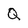
Character: Q